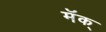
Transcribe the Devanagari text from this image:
मॅक्